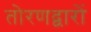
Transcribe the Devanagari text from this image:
तोरणद्वारों